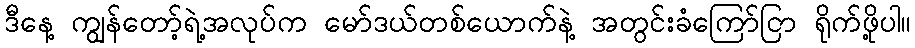
ဒီနေ့ ကျွန်တော့်ရဲ့အလုပ်က မော်ဒယ်တစ်ယောက်နဲ့ အတွင်းခံကြော်ငြာ ရိုက်ဖို့ပါ။